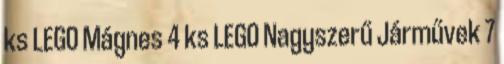
ks LEGO Mágnes 4 ks LEGO Nagyszerű Járművek 7